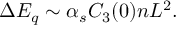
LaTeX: \Delta E _ { q } \sim \alpha _ { s } C _ { 3 } ( 0 ) n L ^ { 2 } .